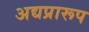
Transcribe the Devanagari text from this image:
अद्यप्रारूप